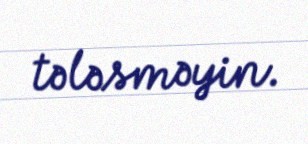
tələsməyin.